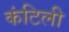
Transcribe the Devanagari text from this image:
कंटिली